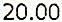
20.00